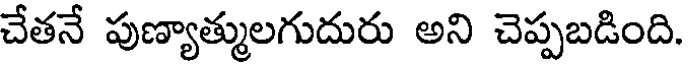
చేతనే పుణ్యాత్ములగుదురు అని చెప్పబడింది.